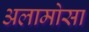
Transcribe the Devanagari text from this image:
अलामोसा